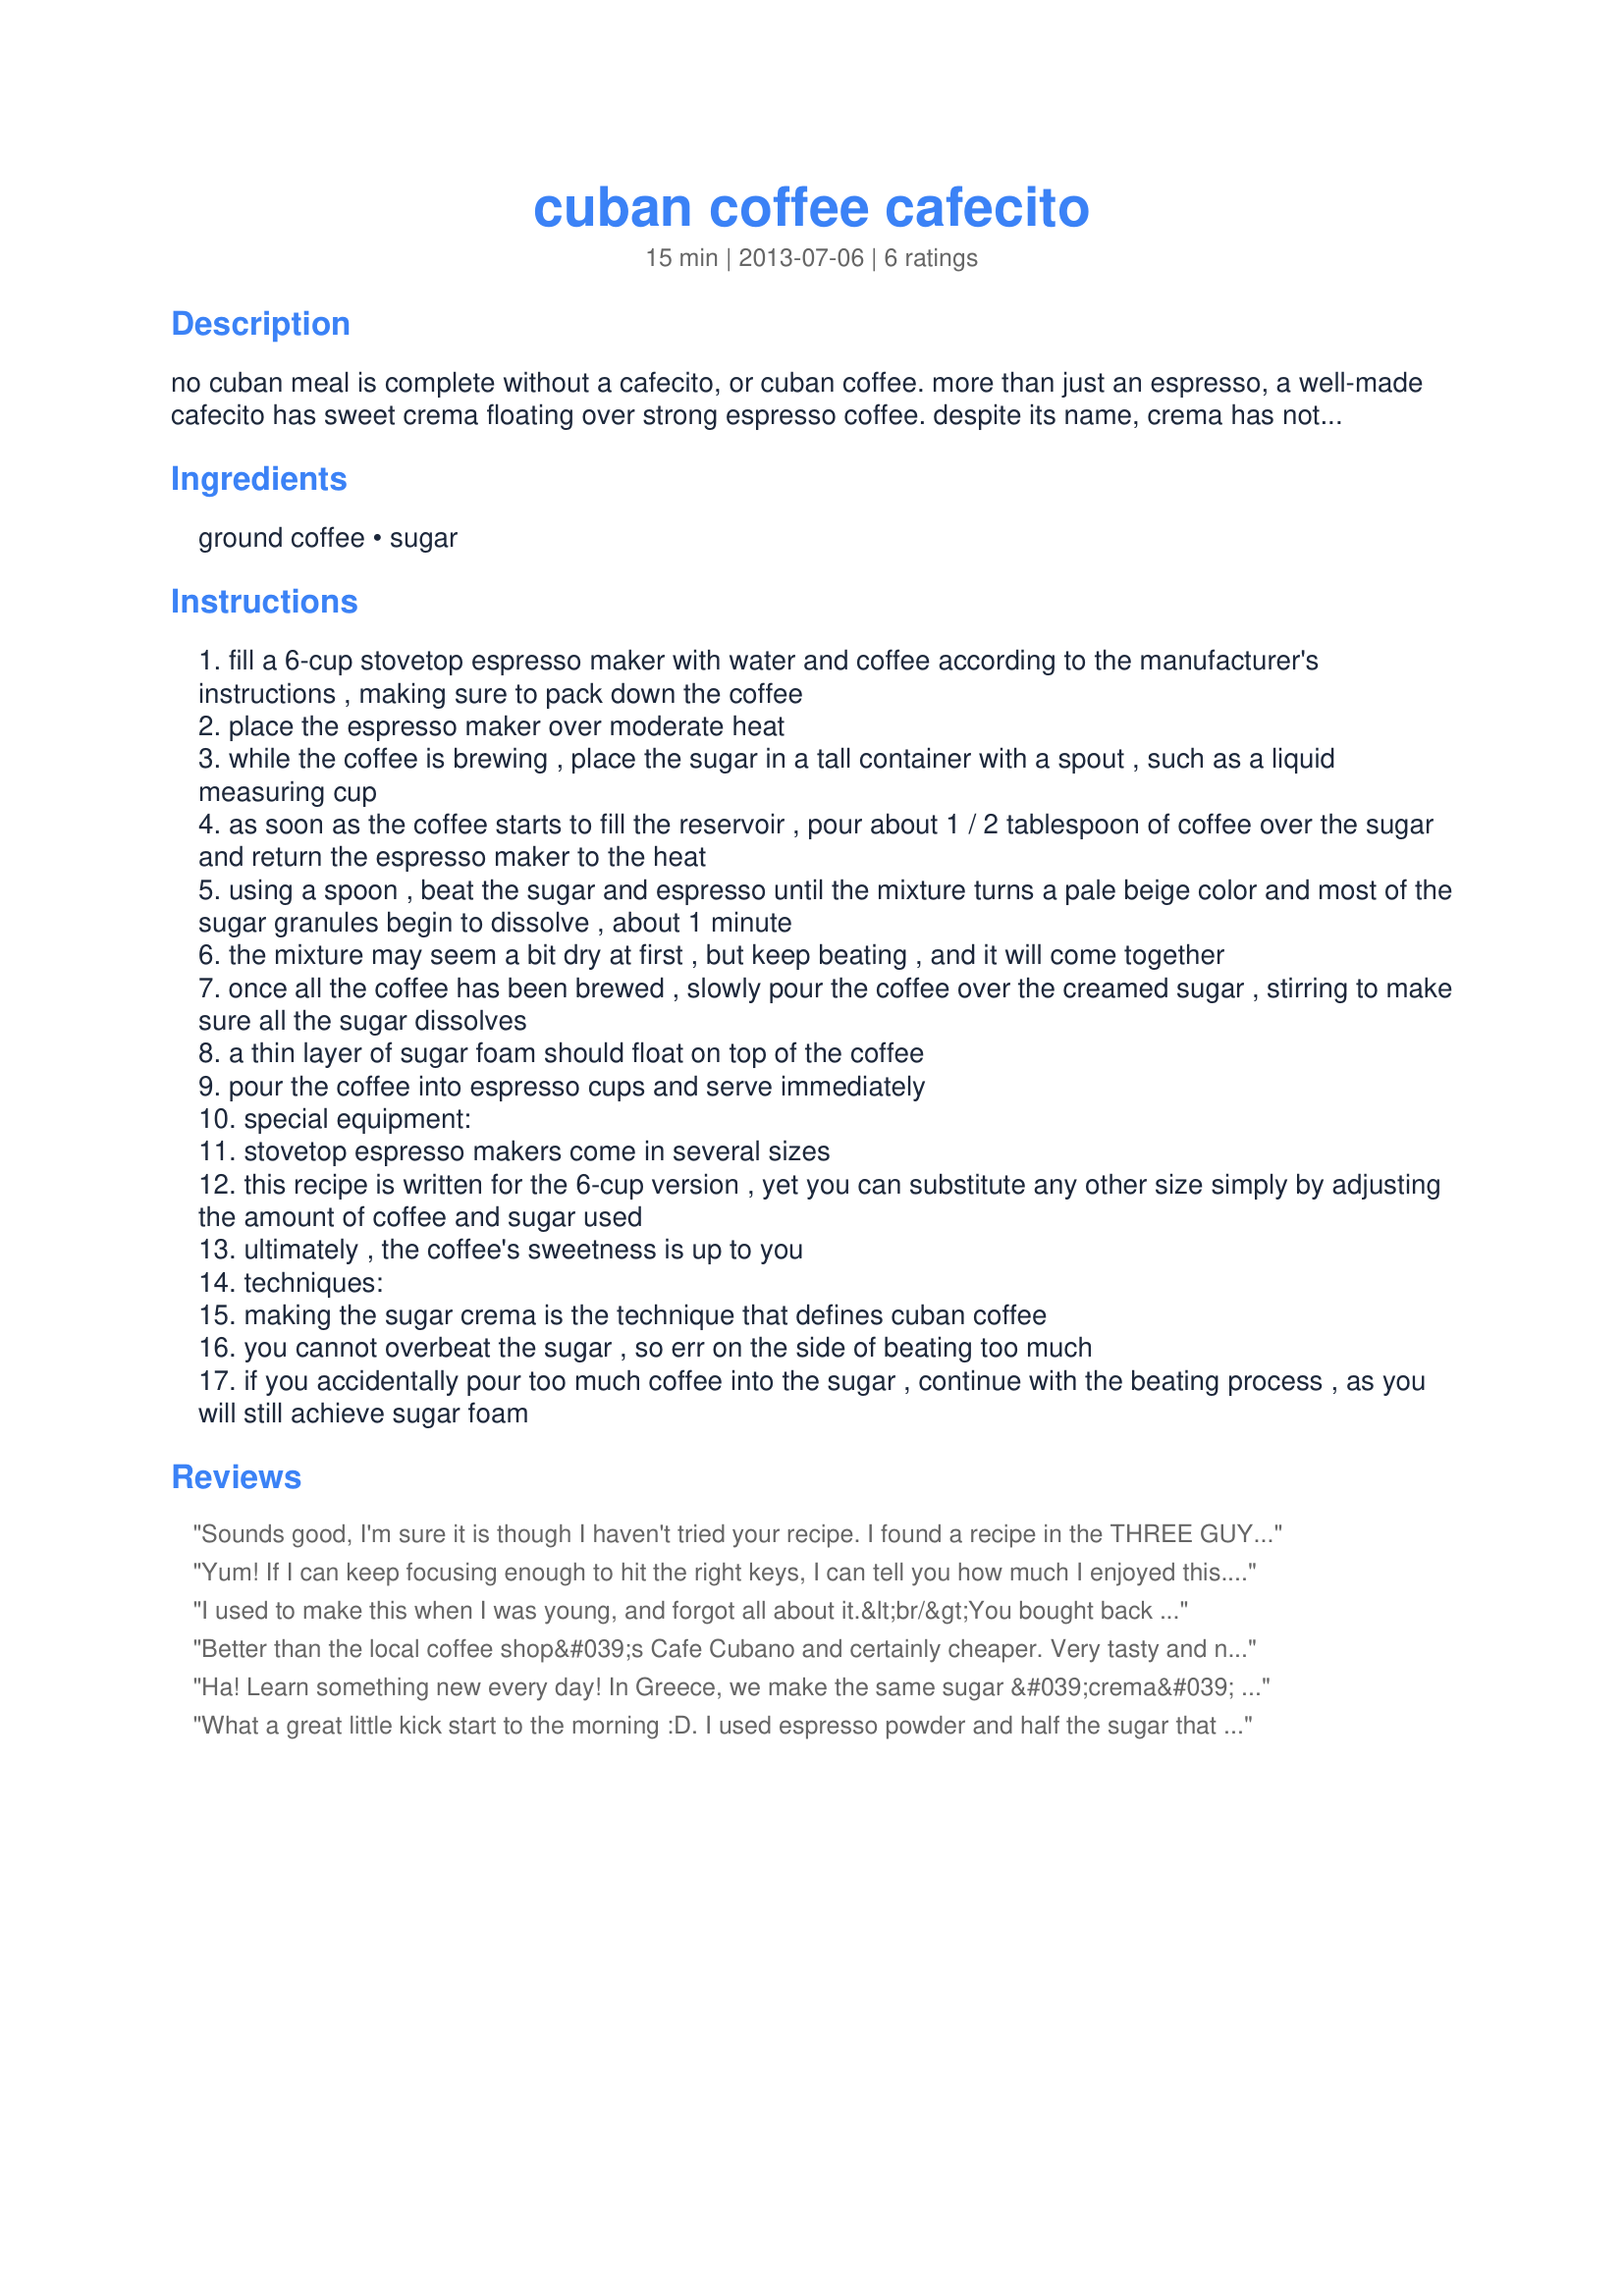
cuban coffee cafecito
Preparation time: 15 minutes

no cuban meal is complete without a cafecito, or cuban coffee. more than just an espresso, a well-made cafecito has sweet crema floating over strong espresso coffee. despite its name, crema has nothing to do with cream—it's actually foam made from sugar that's been thoroughly beaten with a splash of coffee. many don't realize that it's the technique for making the crema—not the type of coffee beans used—that makes the coffee cuban. but for the full cuban experience, castro recommends using café bustelo espresso.
chef, nutritionist, and cooking teacher lourdes castro shared this recipe for cuban coffee, or cafecito, as part of a festive cuban party menu she created for epicurious.

Ingredients:
ground coffee, sugar

Steps:
fill a 6-cup stovetop espresso maker with water and coffee according to the manufacturer's instructions , making sure to pack down the coffee
place the espresso maker over moderate heat
while the coffee is brewing , place the sugar in a tall container with a spout , such as a liquid measuring cup
as soon as the coffee starts to fill the reservoir , pour about 1 / 2 tablespoon of coffee over the sugar and return the espresso maker to the heat
using a spoon , beat the sugar and espresso until the mixture turns a pale beige color and most of the sugar granules begin to dissolve , about 1 minute
the mixture may seem a bit dry at first , but keep beating , and it will come together
once all the coffee has been brewed , slowly pour the coffee over the creamed sugar , stirring to make sure all the sugar dissolves
a thin layer of sugar foam should float on top of the coffee
pour the coffee into espresso cups and serve immediately
special equipment:
stovetop espresso makers come in several sizes
this recipe is written for the 6-cup version , yet you can substitute any other size simply by adjusting the amount of coffee and sugar used
ultimately , the coffee's sweetness is up to you
techniques:
making the sugar crema is the technique that defines cuban coffee
you cannot overbeat the sugar , so err on the side of beating too much
if you accidentally pour too much coffee into the sugar , continue with the beating process , as you will still achieve sugar foam

Reviews:
Sounds good, I'm sure it is though I haven't tried your recipe. I found a recipe in the THREE GUYS COOK CUBAN cook book. They are two Cuban guys and their Swedish (?) brother in law. You may have heard of the book. Use a regular auto drip coffee maker. Water: use 5, yes five, measures of coffee for each 6 or 8 oz cup you want. Measure the coffee into your cone or other filter/holder. Coffee carafe: for each cup of coffee measure a table spoon of sugar into the carafe. The hot coffee will melt it. Pour the measured water into your coffee maker's resevoir and turn the coffee maker on brew. When the coffee is finished pour yourself a cup. I always use a 2 oz espresso cup to drink from. Add anything you want to it but, first try it 'as is'. I like it black. All the best to you and your readers. T. Cole
Yum! If I can keep focusing enough to hit the right keys, I can tell you how much I enjoyed this. I changed the servings to 2 and enjoyed this myself. I had the crema but I think that the cup-hippo ate it when I poured it into the cup. Are there hippos in the Caribbean? There are now! One of these is certainly enough for me! Thanks for the zap of energy from this tasty coffee! Made for the Tasty Testers for ZWT9. Thanks Sharon123! :)
I used to make this when I was young, and forgot all about it.&lt;br/&gt;You bought back childhood memories Sharon.&lt;br/&gt;I enjoyed this (Decaf) coffee tonight. &lt;br/&gt;After the workout mixing the crema, I might sleep well! ;-)&lt;br/&gt;Thanks Sharon.
Better than the local coffee shop&#039;s Cafe Cubano and certainly cheaper. Very tasty and not hard to do. Made for ZWT 9.
Ha! Learn something new every day! In Greece, we make the same sugar &#039;crema&#039; for our hot nescafes. I MUCH prefer it with espresso. One really good shot after breakfast and I&#039;m going to be zippy and happy all day long!
What a great little kick start to the morning :D. I used espresso powder and half the sugar that was ask for and it was plenty for me. Love the top crema. Yummy, and now I think I&#039;ll go see what housework needs to be done....maybe washing all the windows and doing 6 loads of laundry, cleaning the upper cupboards and giving the dogs a bath.....yeah, that&#039;s it, I have a free hour. Wheeeeeeeeeee
